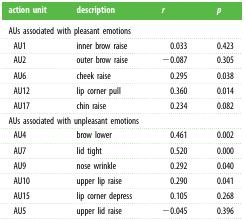
| action unit | description | r | p |
 | --- | --- | --- | --- |
 | <COLSPAN=4> AUs associated with pleasant emotions |
 | AU1 | inner brow raise | 0.033 | 0.423 |
 | AU2 | outer brow raise | −0.087 | 0.305 |
 | AU6 | cheek raise | 0.295 | 0.038 |
 | AU12 | lip corner pull | 0.360 | 0.014 |
 | AU17 | chin raise | 0.234 | 0.082 |
 | <COLSPAN=4> AUs associated with unpleasant emotions |
 | AU4 | brow lower | 0.461 | 0.002 |
 | AU7 | lid tight | 0.520 | 0.000 |
 | AU9 | nose wrinkle | 0.292 | 0.040 |
 | AU10 | upper lip raise | 0.290 | 0.041 |
 | AU15 | lip corner depress | 0.105 | 0.268 |
 | AU5 | upper lid raise | −0.045 | 0.396 |